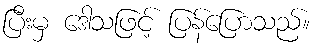
ပြီးမှ ဒေါသဖြင့် ပြန်ပြောသည်။